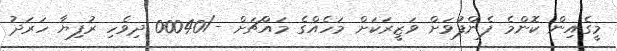
މީގެއިން ކޮންމެ ފެންފުވަށް ވަޒީރަކަށް މަހެއްގެ މައްޗަށް -/00040 ދިވެހި ރުފިޔާ ހަރަދު